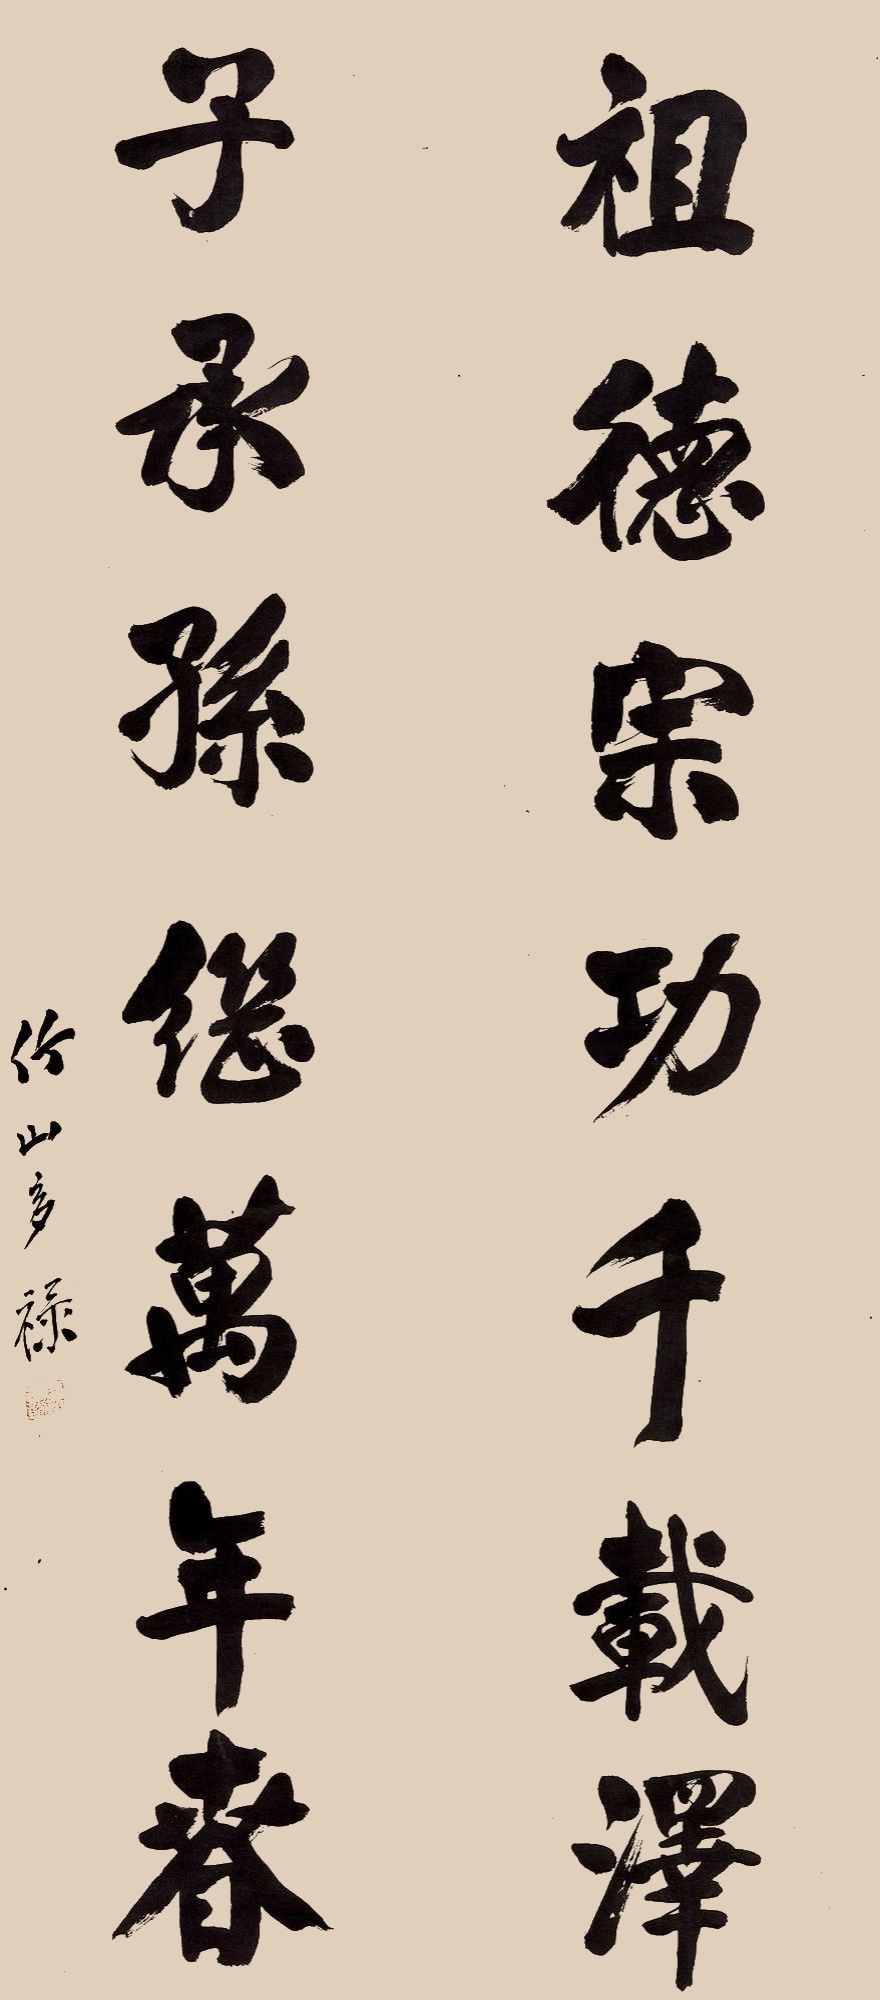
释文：祖德宗功千载泽，子承孙继万年春。竹山成多禄。